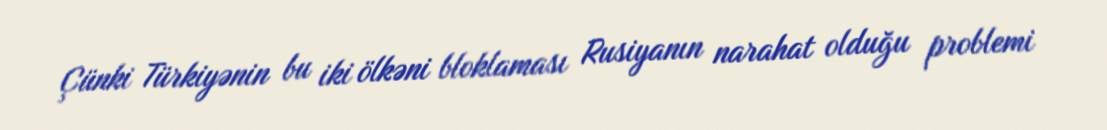
Çünki Türkiyənin bu iki ölkəni bloklaması Rusiyanın narahat olduğu problemi